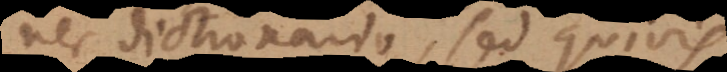
nec dictionario, sed quivis